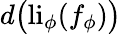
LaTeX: d\big(\mathrm{li}_{\phi}(f_{\phi})\big)